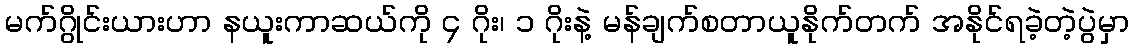
မက်ဂွိုင်းယားဟာ နယူးကာဆယ်ကို ၄ ဂိုး၊ ၁ ဂိုးနဲ့ မန်ချက်စတာယူနိုက်တက် အနိုင်ရခဲ့တဲ့ပွဲမှာ